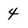
Character: 4